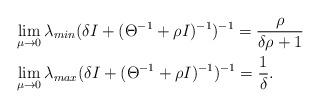
LaTeX: \begin{align*}& \lim_{\mu \to 0} \lambda_{min}(\delta I + (\Theta^{-1}+\rho I )^{-1})^{-1} = \frac{\rho}{\delta \rho +1} \\& \lim_{\mu \to 0} \lambda_{max}(\delta I + (\Theta^{-1}+\rho I )^{-1})^{-1} = \frac{1}{\delta}.\end{align*}